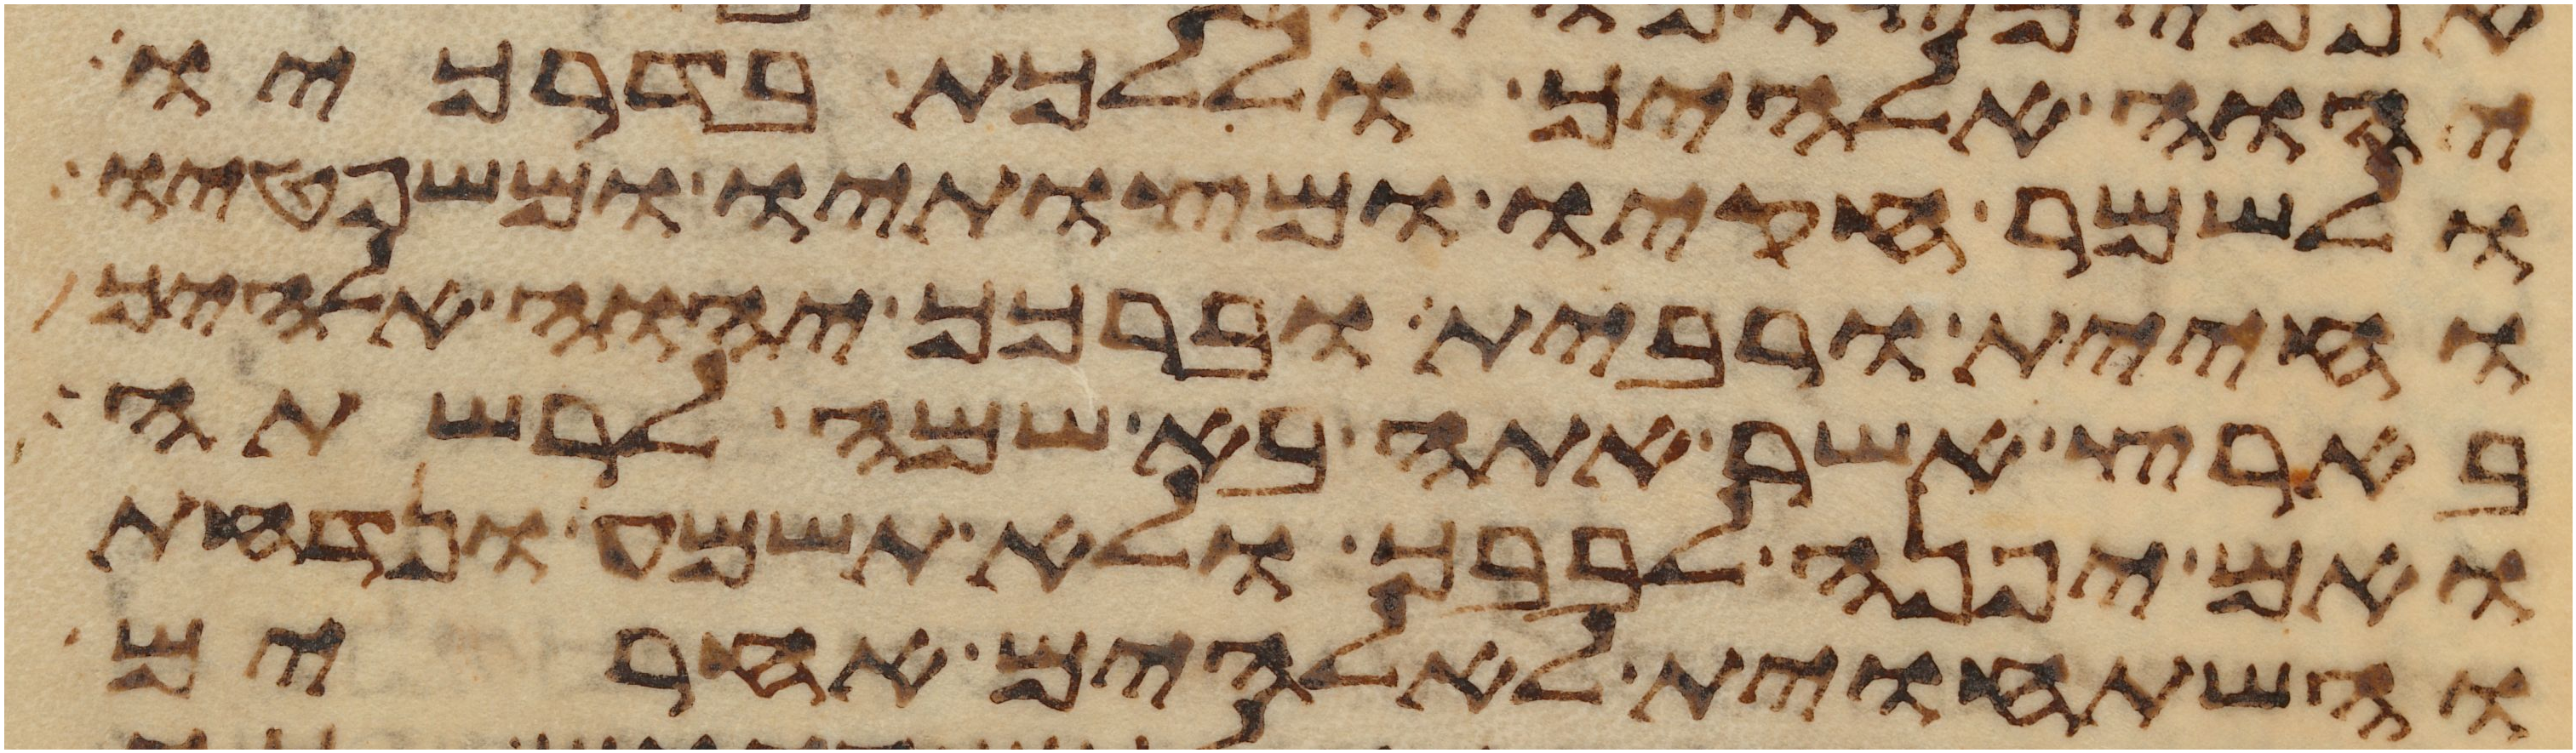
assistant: יהוה אלהיך וללכת בדרכיו
ולשמר חקיו ומצותיו ומשפטיו
וחיית ורבית וברכך יהוה אלהיך
בארץ אשר אתה בא שמה לרשתה
ואם יפנה לבבך ולא תשמע ונדחת
והשתחוית לאלהים אחרים